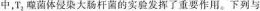
中，T_{2}噬菌体侵染大肠杆菌的实验发挥了重要作用。下列与